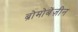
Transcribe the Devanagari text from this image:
ब्रोमोबेंज़ीन